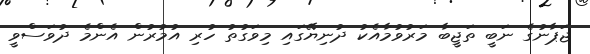
ޖަޕާނުގެ ނަބީ ތަޖީބާ މަރުވުމާއެކު ދުނިޔޭގައި މިވަގުތު ހުރި އުމުރުން އެންމެ ދުވަސްވީ